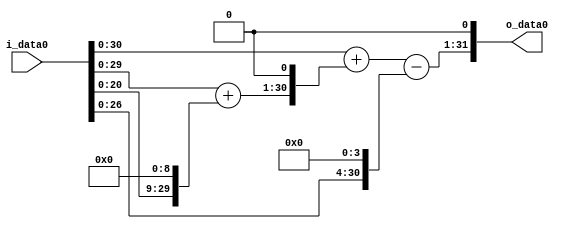
module multiplier_block (
    i_data0,
    o_data0
);

  // Port mode declarations:
  input   [31:0] i_data0;
  output  [31:0]
    o_data0;

  //Multipliers:

  wire [31:0]
    w1,
    w512,
    w513,
    w1026,
    w1027,
    w16,
    w1011,
    w2022;

  assign w1 = i_data0;
  assign w1011 = w1027 - w16;
  assign w1026 = w513 << 1;
  assign w1027 = w1 + w1026;
  assign w16 = w1 << 4;
  assign w2022 = w1011 << 1;
  assign w512 = w1 << 9;
  assign w513 = w1 + w512;

  assign o_data0 = w2022;

  //multiplier_block area estimate = 5508.51842687647;
endmodule